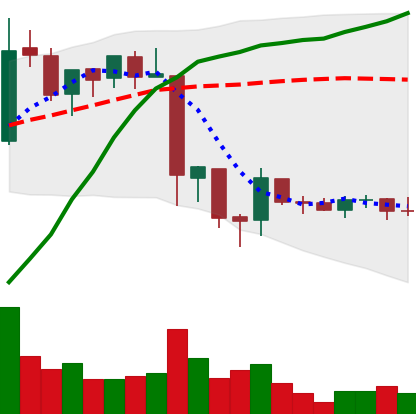
Ticker: EOS-USD
Chart end date: 2018-06-21
Forward return: -27.98%
Label: down_7plus